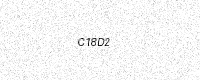
Text: C18D2